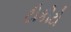
ટીકીટો